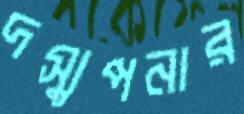
দস্যুপনার